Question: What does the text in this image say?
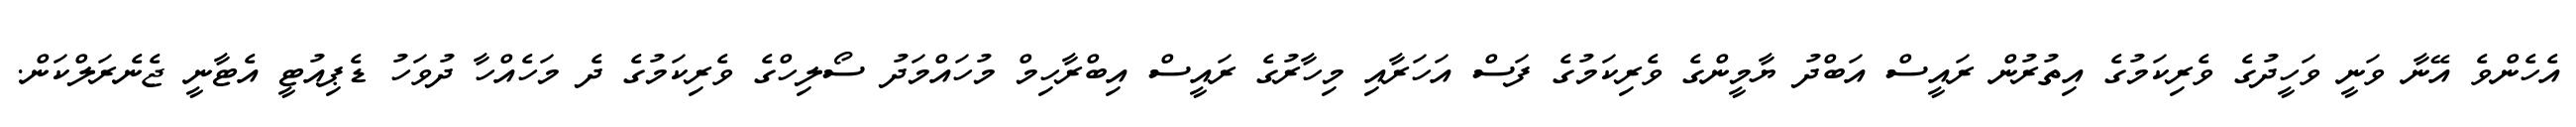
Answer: އެހެންވެ އޭނާ ވަނީ ވަހީދުގެ ވެރިކަމުގެ އިތުރުން ރައީސް އަބްދު ޔާމީންގެ ވެރިކަމުގެ ފަސް އަހަރާއި މިހާރުގެ ރައީސް އިބްރާހިމް މުހައްމަދު ސޯލިހްގެ ވެރިކަމުގެ ދެ މަހެއްހާ ދުވަހު ޑެޕިއުޓީ އެޓާނީ ޖެނެރަލްކަން.